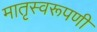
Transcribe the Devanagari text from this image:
मातृस्वरूपणी